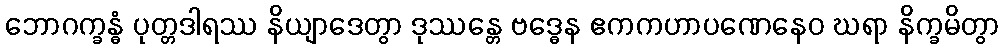
ဘောဂက္ခန္ဓံ ပုတ္တဒါရဿ နိယျာဒေတွာ ဒုဿန္တေ ဗဒ္ဓေန ဧကကဟာပဏေနေဝ ဃရာ နိက္ခမိတွာ